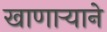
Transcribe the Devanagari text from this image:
खाणाऱ्याने